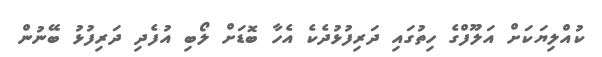
ކުއްލިޔަކަށް އަލޫފްގެ ހިތުގައި ދަރިފުޅުދެކެ އެހާ ބޮޑަށް ލޯބި އުފެދި ދަރިފުޅު ބޭނުން